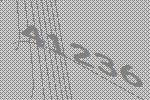
41236